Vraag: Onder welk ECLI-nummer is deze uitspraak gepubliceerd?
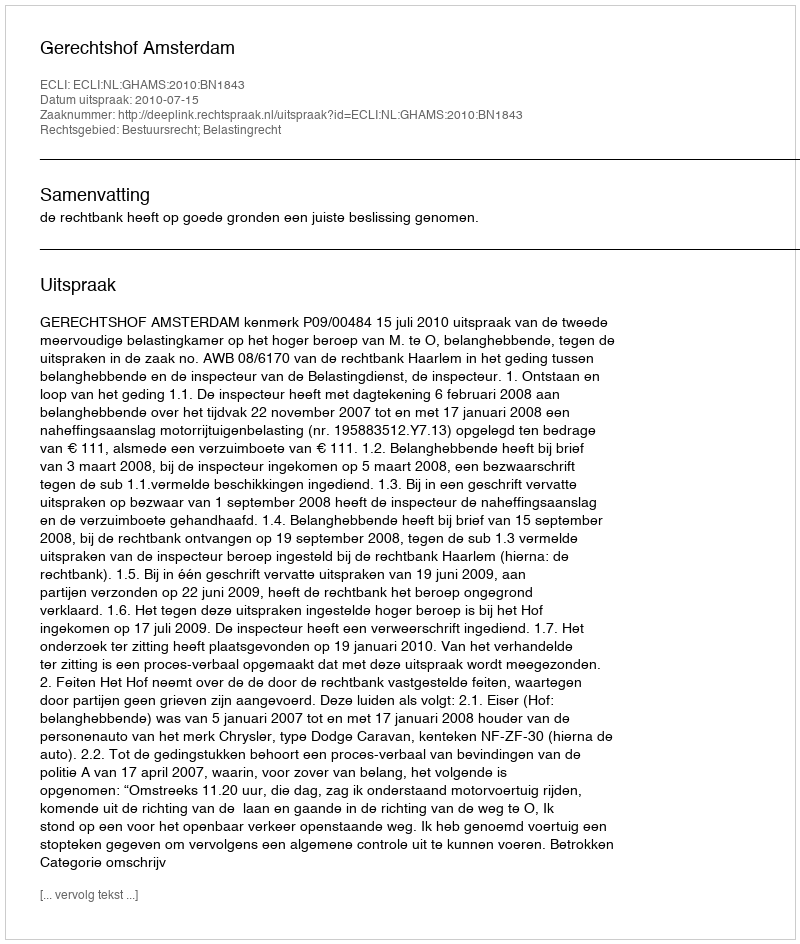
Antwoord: ECLI:NL:GHAMS:2010:BN1843